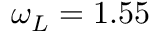
\omega _ { L } = 1 . 5 5